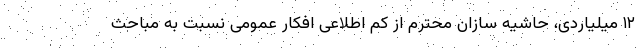
۱۲ میلیاردی، حاشیه سازان محترم از کم اطلاعی افکار عمومی نسبت به مباحث